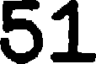
51